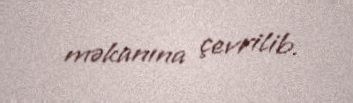
məkanına çevrilib.